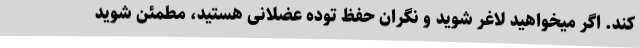
کند. اگر میخواهید لاغر شوید و نگران حفظ توده عضلانی هستید، مطمئن شوید